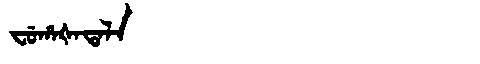
Manchu: ᠸᡠᡥᠠᡧᠠᡨᠠᠯᠠ
Romanization: FUHAŠATALA